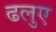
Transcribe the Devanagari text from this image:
ढलुए